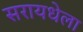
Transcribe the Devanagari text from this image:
सरायधेला